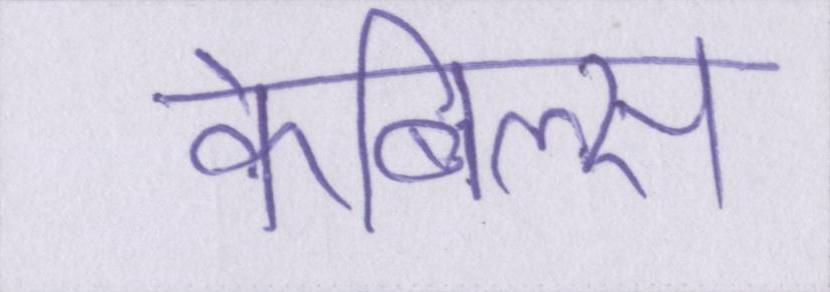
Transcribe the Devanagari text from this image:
केबिल्स